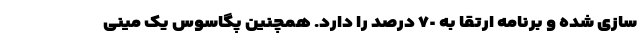
سازی شده و برنامه ارتقا به ٧٠ درصد را دارد. همچنین پگاسوس یک مینی